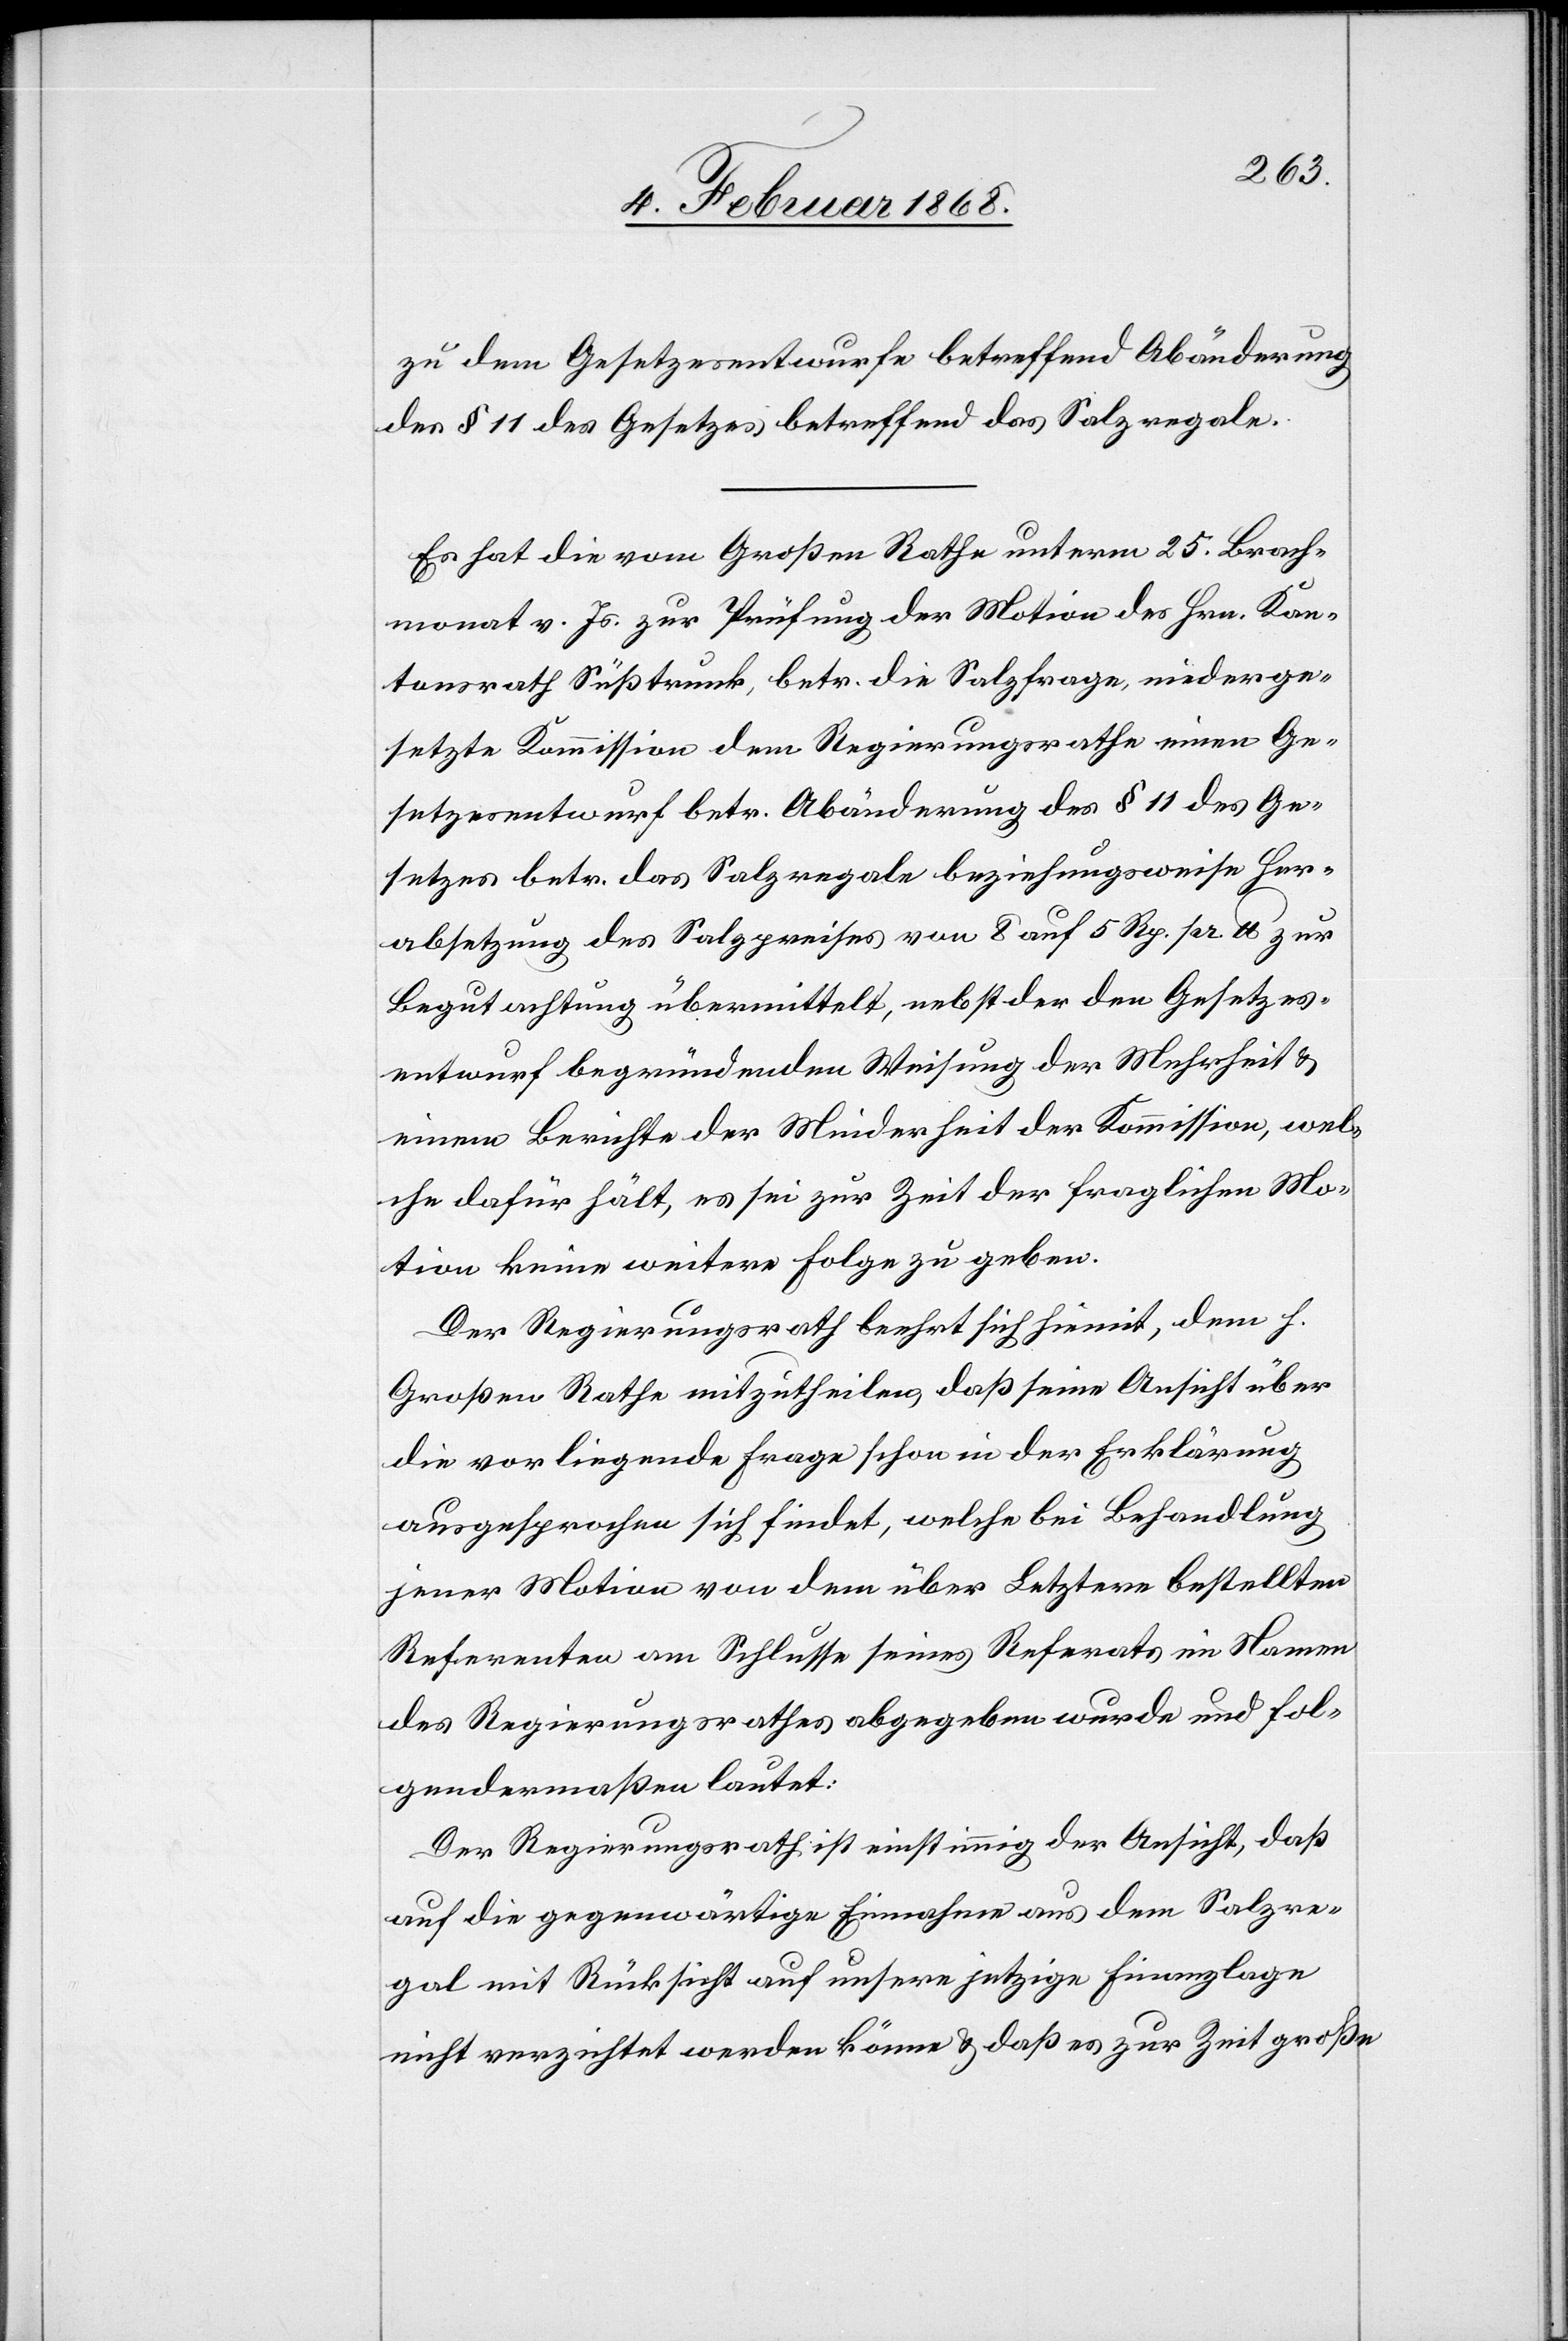
_______
zu dem Gesetzesentwurfe betreffend Abänderung
des § 11 des Gesetzes betreffend das Salzregale.
Es hat die vom Großen Rathe unterm 25. Brach¬
monat v. Js. zur Prüfung der Motion des Hrn. Kan¬
tonsrath Süßtrunk, betr. die Salzfrage, niederge¬
setzte Kommission dem Regierungsrathe einen Ge¬
setzesentwurf betr. Abänderung des § 11 des Ge¬
setzes betr. das Salzregale beziehungsweise Her¬
absetzung des Salzpreises von 8 auf 5 Rp. pr. lb zur
Begutachtung übermittelt, nebst der den Gesetzes¬
entwurf begründenden Weisung der Mehrheit &
einem Berichte der Minderheit der Kommission, wel¬
che dafür hält, es sei zur Zeit der fraglichen Mo¬
tion keine weitere Folge zu geben.
Der Regierungsrath beehrt sich hiemit, dem h.
Großen Rathe mitzutheilen, daß seine Ansicht über
die vorliegende Frage schon in der Erklärung
ausgesprochen sich findet, welche bei Behandlung
jener Motion von dem über Letztere bestellten
Referenten am Schlusse seines Referats im Namen
des Regierungsrathes abgegeben wurde und fol¬
gendermaßen lautet:
Der Regierungsrath ist einstimmig der Ansicht, daß
auf die gegenwärtige Einnahme aus dem Salzre¬
gal mit Rücksicht auf unsere jetzige Finanzlage
nicht verzichtet werden könne & daß es zur Zeit große